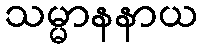
သမ္မာနနာယ